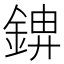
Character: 𮢋